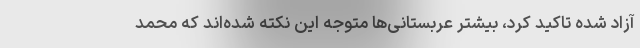
آزاد شده تاکید کرد، بیشتر عربستانی‌ها متوجه این نکته شده‌اند که محمد